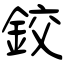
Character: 鉸